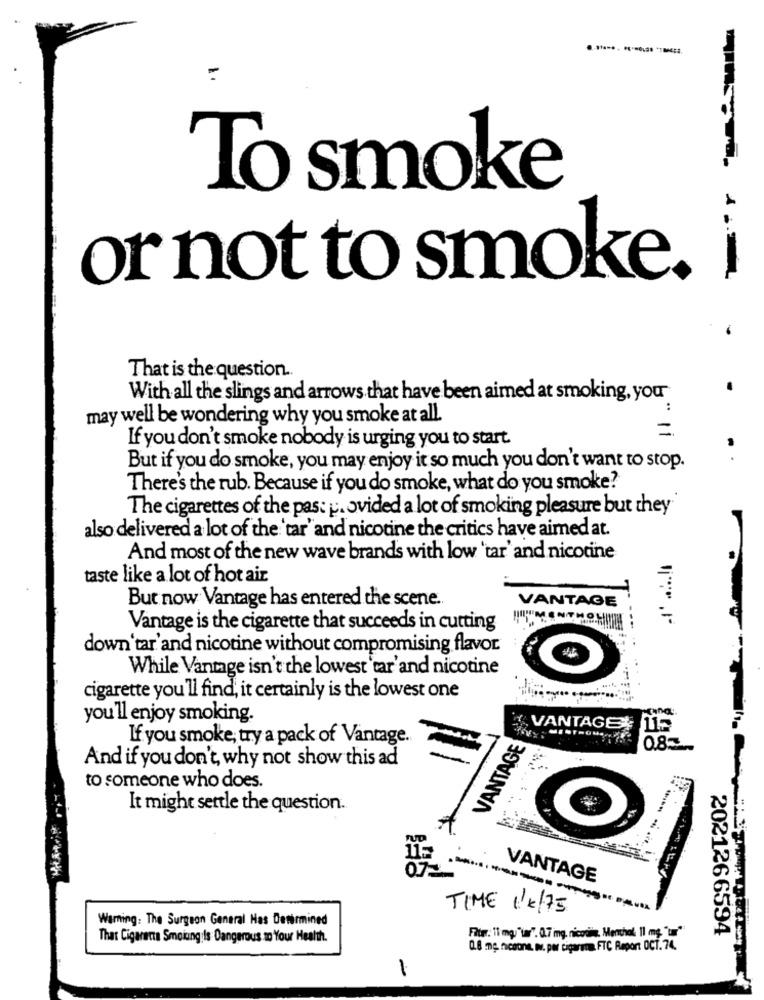
To smoke
or not to smoke.
That is the question ..
With all the slings and arrows that have been aimed at smoking, you
:
may well be wondering why you smoke at all.
=
If you don't smoke nobody is urging you to start.
But if you do smoke, you may enjoy it so much you don't want to stop.
There's the rub. Because if you do smoke, what do you smoke?
The cigarettes of the pas: p. ovided a lot of smoking pleasure but they"
also delivered a lot of the 'tar' and nicotine the critics have aimed at.
And most of the new wave brands with low 'tar' and nicotine
taste like a lot of hot air
But now Vantage has entered the scene.
VANTAGE
Vantage is the cigarette that succeeds in cutting
down'tar' and nicotine without compromising flavor
While Vantage isn't the lowest tar'and nicotine
cigarette you'll find, it certainly is the lowest one
you'll enjoy smoking.
VANTAGE 115
If you smoke; try a pack of Vantage.
VANTAGE
0.83
And if you don't, why not show this ad
to someone who does.
It might settle the question.
VANTAGE
TIME 1/4/75
Warning: The Surgeon General Has Determined
2021266594
That Cigaretta Smoiung:Is Dangerous to Your Health.
Filter: 11 mg/"\". 0.7 mg. nicodie, Menchat Il mg "ur"
0.8 mg. ficoone. ww. per cigaret FTC Report OCT. 74.
-